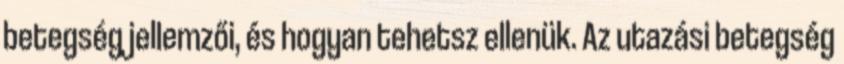
betegség jellemzői, és hogyan tehetsz ellenük. Az utazási betegség